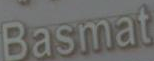
Basmat